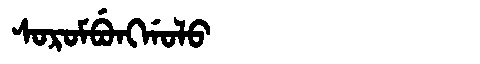
Manchu: ᠰᠣᡵᠣᠮᠪᡠᠩᡤᠣᠯᠣ
Romanization: SOROMBUNGGOLO